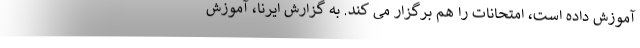
آموزش داده است، امتحانات را هم برگزار می کند. به گزارش ایرنا، آموزش